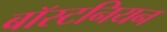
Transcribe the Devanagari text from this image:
बॉस्टनियन